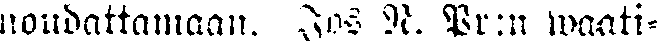
noudattamaan. Jos R. Pr:n waati-